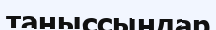
таныссыңдар